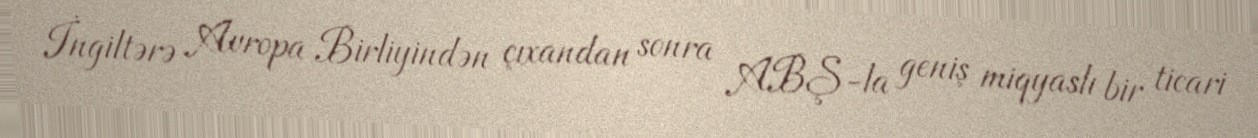
İngiltərə Avropa Birliyindən çıxandan sonra ABŞ-la geniş miqyaslı bir ticari